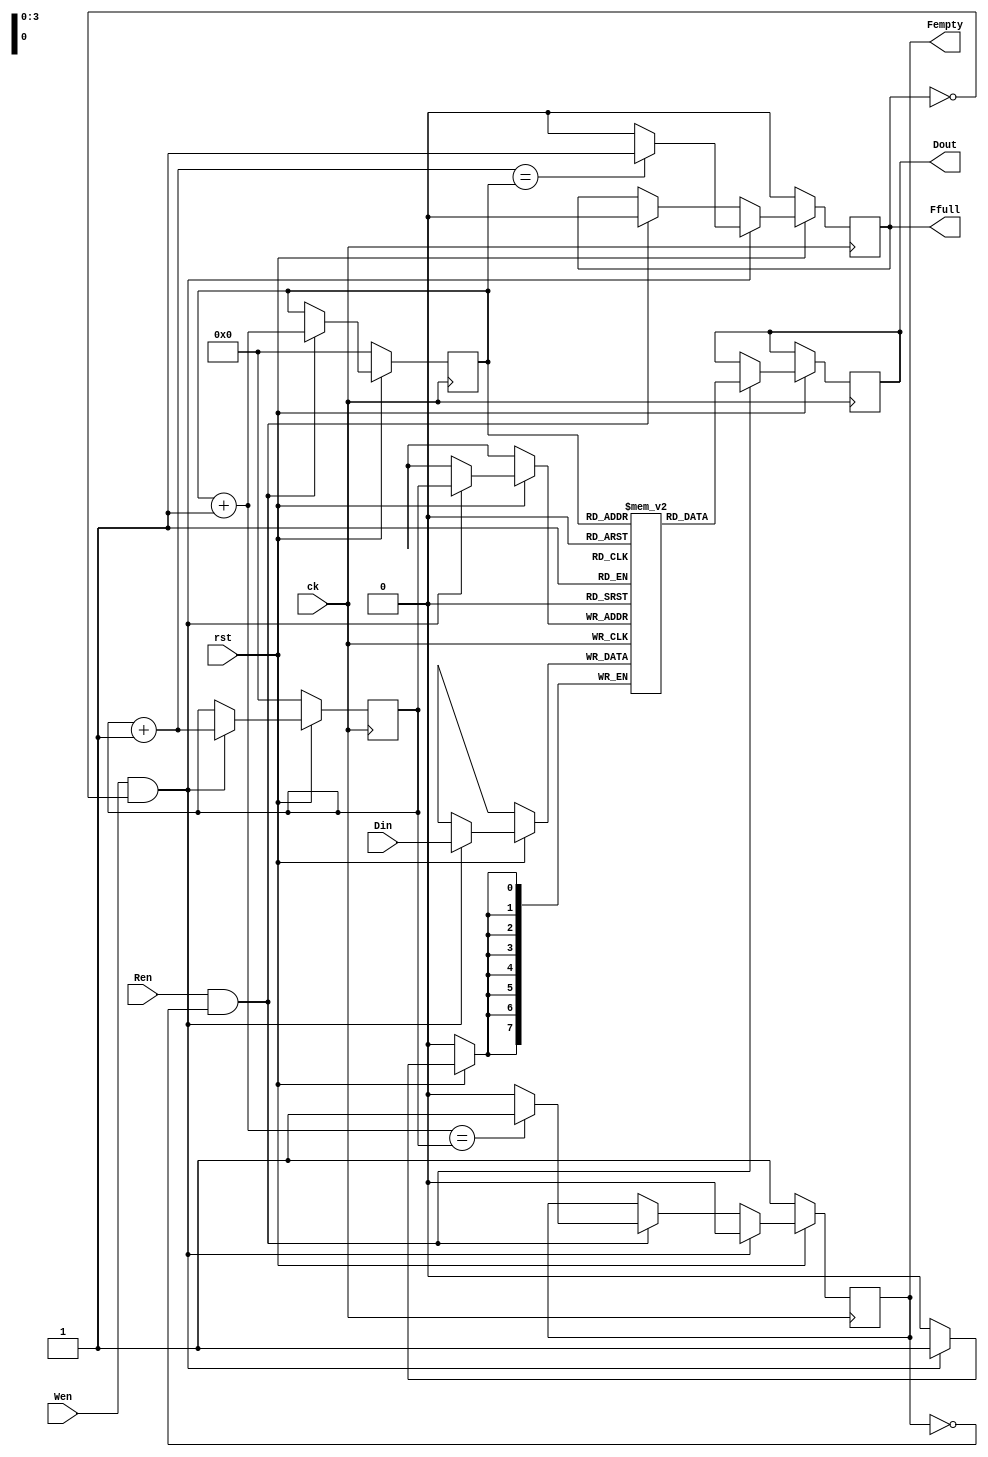
module fifo ( Din, Dout, Wen, Ren, rst, ck, Fempty, Ffull );
input [7:0] Din;
output [7:0] Dout;
input Wen,Ren,rst,ck;
output Fempty,Ffull;

reg  [7:0] FMEM[0:15];
reg  [3:0] Wp, Rp;
reg  Fempty, Ffull;
reg  [7:0] obuf;
wire [3:0] NWp, NRp;

assign NWp = Wp + 1;
assign NRp = Rp + 1;
assign Dout = obuf;
always @(posedge ck) begin
if( !rst ) begin
    Wp <= 0;
    Rp <= 0;
    Fempty <= 1;
    Ffull <= 0;
end else begin
    if( Ren == 1 && Fempty != 1 ) begin
        obuf <= FMEM[Rp];
        Rp <= NRp;
        Ffull <= 0;
        if( NRp == Wp ) Fempty <= 1;
        else Fempty <= 0;
    end
    if( Wen == 1 && Ffull != 1 ) begin
        FMEM[Wp] <= Din;
        Wp <= NWp;
        Fempty <= 0;
        if(NWp == Rp) Ffull <= 1;
        else Ffull <= 0;
    end
end
end
endmodule